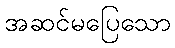
အဆင်မပြေသော